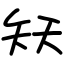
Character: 矨